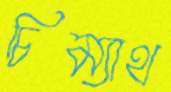
চিম্যাথ